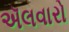
ઍલવારો